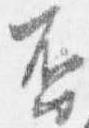
否